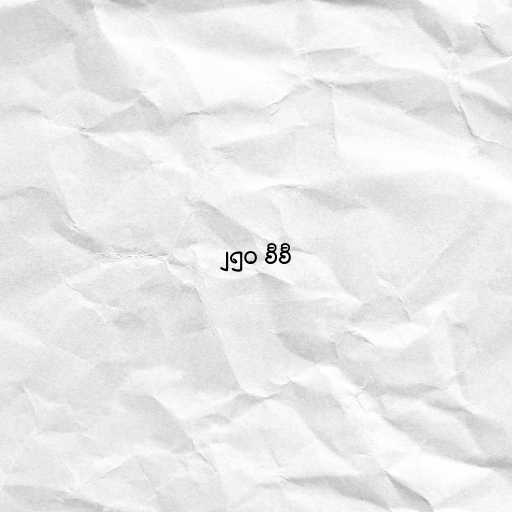
၂၅၀ စီစီ